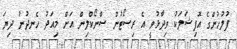
ފުލުހުންގެ އޮފިޝަލަކު ވިދާޅުވީ އެ ރިސޯޓުން ސްނޯކްލިން އަށް މިއަދު ހެނދުނު ދިޔަ